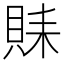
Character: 𲂮